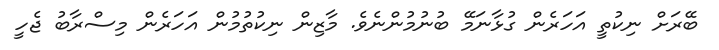
ބޭރަށް ނިކުތީ އަހަރެން ގުޅާނަމޭ ބުނުމުންނެވެ. މާޒިން ނިކުތުމުން އަހަރެން މިސްރާބު ޖެހީ